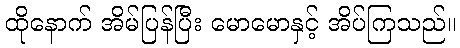
ထိုနောက် အိမ်ပြန်ပြီး မောမောနှင့် အိပ်ကြသည်။